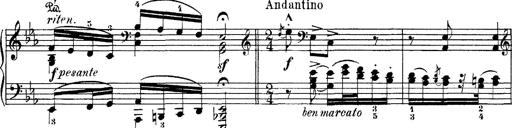
Title: Hungarian Rhapsody No.4
Composer: Franz Liszt
Key: E-flat major